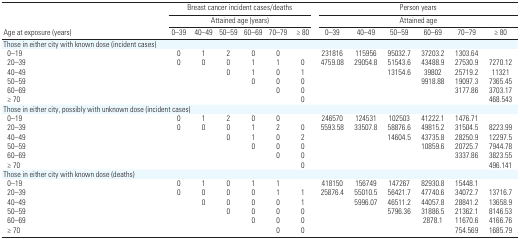
<table><thead><tr><td rowspan="2"><b>Age at exposure (years)</b></td><td colspan="6"><b>Breast cancer incident cases/deaths Attained age (years)</b></td><td colspan="6"><b>Person years Attained age</b></td></tr><tr><td><b>0–39</b></td><td><b>40–49</b></td><td><b>50–59</b></td><td><b>60–69</b></td><td><b>70–79</b></td><td><b>≥ 80</b></td><td><b>0–39</b></td><td><b>40–49</b></td><td><b>50–59</b></td><td><b>60–69</b></td><td><b>70–79</b></td><td><b>≥ 80</b></td></tr></thead><tbody><tr><td><b>Those in either city with known dose (incident cases)</b></td></tr><tr><td><b>0–19</b></td><td>0</td><td>1</td><td>2</td><td>0</td><td>0</td><td></td><td>231816</td><td>115956</td><td>95032.7</td><td>37203.2</td><td>1303.64</td></tr><tr><td><b>20–39</b></td><td>0</td><td>0</td><td>0</td><td>1</td><td>1</td><td>0</td><td>4759.08</td><td>29054.8</td><td>51543.6</td><td>43488.9</td><td>27530.9</td><td>7270.12</td></tr><tr><td><b>40–49</b></td><td></td><td></td><td>0</td><td>1</td><td>0</td><td>1</td><td></td><td></td><td>13154.6</td><td>39802</td><td>25719.2</td><td>11321</td></tr><tr><td><b>50–59</b></td><td></td><td></td><td></td><td>0</td><td>0</td><td>0</td><td></td><td></td><td></td><td>9918.88</td><td>19097.3</td><td>7365.45</td></tr><tr><td><b>60–69</b></td><td></td><td></td><td></td><td></td><td>0</td><td>0</td><td></td><td></td><td></td><td></td><td>3177.86</td><td>3703.17</td></tr><tr><td><b>≥ 70</b></td><td></td><td></td><td></td><td></td><td></td><td>0</td><td></td><td></td><td></td><td></td><td></td><td>468.543</td></tr><tr><td><b>Those in either city, possibly with unknown dose (incident cases)</b></td></tr><tr><td><b>0–19</b></td><td>0</td><td>1</td><td>2</td><td>0</td><td>0</td><td></td><td>246570</td><td>124531</td><td>102503</td><td>41222.1</td><td>1476.71</td></tr><tr><td><b>20–39</b></td><td>0</td><td>0</td><td>0</td><td>1</td><td>2</td><td>0</td><td>5593.58</td><td>33507.8</td><td>58876.6</td><td>49815.2</td><td>31504.5</td><td>8223.99</td></tr><tr><td><b>40–49</b></td><td></td><td></td><td>0</td><td>1</td><td>0</td><td>2</td><td></td><td></td><td>14604.5</td><td>43735.8</td><td>28250.9</td><td>12297.5</td></tr><tr><td><b>50–59</b></td><td></td><td></td><td></td><td>0</td><td>0</td><td>0</td><td></td><td></td><td></td><td>10859.6</td><td>20725.7</td><td>7944.78</td></tr><tr><td><b>60–69</b></td><td></td><td></td><td></td><td></td><td>0</td><td>0</td><td></td><td></td><td></td><td></td><td>3337.86</td><td>3823.55</td></tr><tr><td><b>≥ 70</b></td><td></td><td></td><td></td><td></td><td></td><td>0</td><td></td><td></td><td></td><td></td><td></td><td>496.141</td></tr><tr><td><b>Those in either city with known dose (deaths)</b></td></tr><tr><td><b>0–19</b></td><td>0</td><td>1</td><td>0</td><td>1</td><td>1</td><td></td><td>418150</td><td>156749</td><td>147267</td><td>82930.8</td><td>15448.1</td></tr><tr><td><b>20–39</b></td><td>0</td><td>0</td><td>0</td><td>0</td><td>1</td><td>1</td><td>25876.4</td><td>55010.5</td><td>56421.7</td><td>47740.6</td><td>34072.7</td><td>13716.7</td></tr><tr><td><b>40–49</b></td><td></td><td>0</td><td>0</td><td>0</td><td>0</td><td>1</td><td></td><td>5996.07</td><td>46511.2</td><td>44057.8</td><td>28841.2</td><td>13658.9</td></tr><tr><td><b>50–59</b></td><td></td><td></td><td>0</td><td>0</td><td>0</td><td>0</td><td></td><td></td><td>5796.36</td><td>31886.5</td><td>21362.1</td><td>8146.53</td></tr><tr><td><b>60–69</b></td><td></td><td></td><td></td><td>0</td><td>0</td><td>0</td><td></td><td></td><td></td><td>2878.1</td><td>11670.6</td><td>4166.76</td></tr><tr><td><b>≥ 70</b></td><td></td><td></td><td></td><td></td><td>0</td><td>0</td><td></td><td></td><td></td><td></td><td>754.569</td><td>1685.79</td></tr></tbody></table>